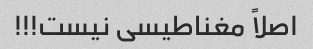
اصلاً مغناطیسی نیست!!!